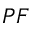
P F